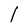
Character: l